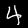
Digit: 4